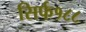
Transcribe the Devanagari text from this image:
सिर्फ१८८